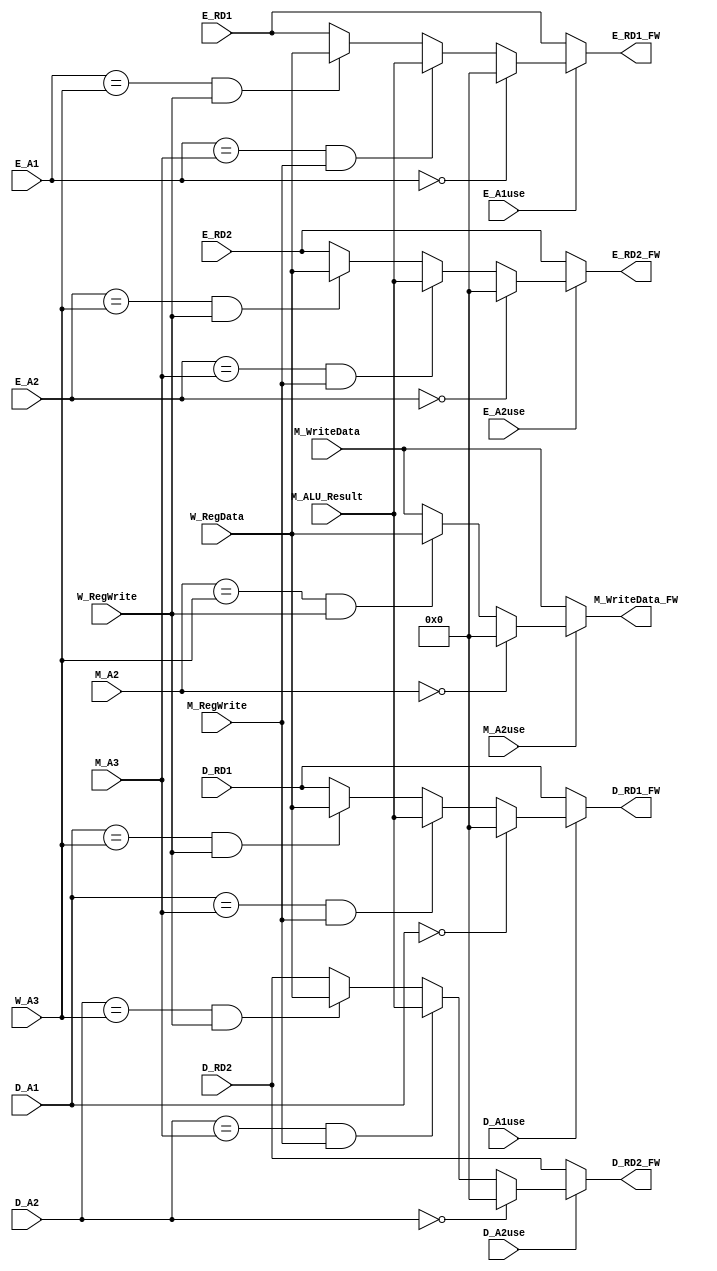
`timescale 1ns / 1ps
//////////////////////////////////////////////////////////////////////////////////
// Company: 
// Engineer: 
// 
// Design Name: 
// Module Name:    Forwarding 
// Project Name: 
// Target Devices: 
// Tool versions: 
// Description: 
//
// Dependencies: 
//
// Revision: 
// Revision 0.01 - File Created
// Additional Comments: 
//
//////////////////////////////////////////////////////////////////////////////////
/*********************Forwarding, Choose**************************/
module Forwarding(////
//
	input [4:0] D_A1,//b
	input [4:0] D_A2,
	input [4:0] E_A1,//SrcA B
	input [4:0] E_A2,
	input [4:0] M_A2,//sw W->M
	input D_A1use,
    input D_A2use,
    input E_A1use,
    input E_A2use,
    input M_A2use,
//
	input [4:0] W_A3,//lw 
	input [4:0] M_A3,//ALUresult 
	//input [4:0] E_A3,//jal ?$31?
	//Choosejal? RD1D_PC+4? RD20, A331 ?
	//input [4:0] D_A3,
//A3A3?
	input W_RegWrite,
	input M_RegWrite,
	
//?
	input [31:0] D_RD1,
	input [31:0] D_RD2,
	input [31:0] E_RD1,
	input [31:0] E_RD2,
	input [31:0] M_WriteData,//M_A2
//
	input [31:0] M_ALU_Result,//M_A3
	input [31:0] W_RegData,//W_A3
	
//
	output [31:0] D_RD1_FW,//FW=Forwarding
	output [31:0] D_RD2_FW,
	output [31:0] E_RD1_FW,
	output [31:0] E_RD2_FW,
	output [31:0] M_WriteData_FW
    ); 
	
	assign D_RD1_FW = 	(D_A1use == 1'b0) ? D_RD1 :
						(D_A1 == 5'b0) ? 32'h0000_0000 :
						(D_A1 == M_A3)&&(M_RegWrite) ? M_ALU_Result ://M
						(D_A1 == W_A3)&&(W_RegWrite)? W_RegData : D_RD1 ;
	
	assign D_RD2_FW = 	(D_A2use == 1'b0) ? D_RD2 :
						(D_A2 == 5'b0) ? 32'h0000_0000 :
						(D_A2 == M_A3)&&(M_RegWrite) ? M_ALU_Result :
						(D_A2 == W_A3)&&(W_RegWrite) ? W_RegData : D_RD2 ;
					
	assign E_RD1_FW = 	(E_A1use == 1'b0) ? E_RD1 :
						(E_A1 == 5'b0) ? 32'h0000_0000 :
						(E_A1 == M_A3)&&(M_RegWrite) ? M_ALU_Result :
						(E_A1 == W_A3)&&(W_RegWrite) ? W_RegData : E_RD1 ;
						
	assign E_RD2_FW = 	(E_A2use == 1'b0) ? E_RD2 :
						(E_A2 == 5'b0) ? 32'h0000_0000 :
						(E_A2 == M_A3)&&(M_RegWrite) ? M_ALU_Result : 
						(E_A2 == W_A3)&&(W_RegWrite) ? W_RegData :E_RD2 ;
						
	assign M_WriteData_FW = (M_A2use == 1'b0) ? M_WriteData :
							(M_A2 == 5'b0) ? 32'h0000_0000 :
							(M_A2 == W_A3)&&(W_RegWrite) ? W_RegData : M_WriteData ;
							 
endmodule